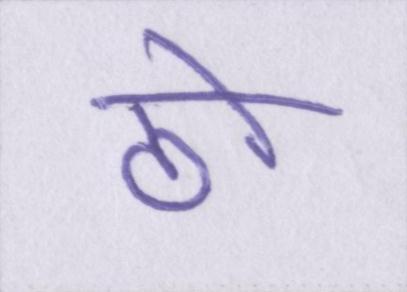
ठो